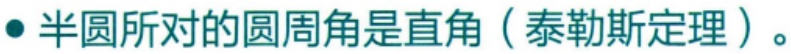
$\bullet$ 半圆所对的圆周角是直角（泰勒斯定理）。